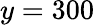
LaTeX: y=300